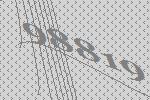
98819